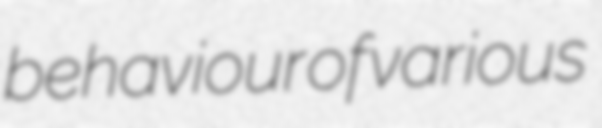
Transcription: behaviour of various